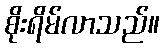
စိုးရိမ်လာသည်။